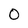
Character: 0